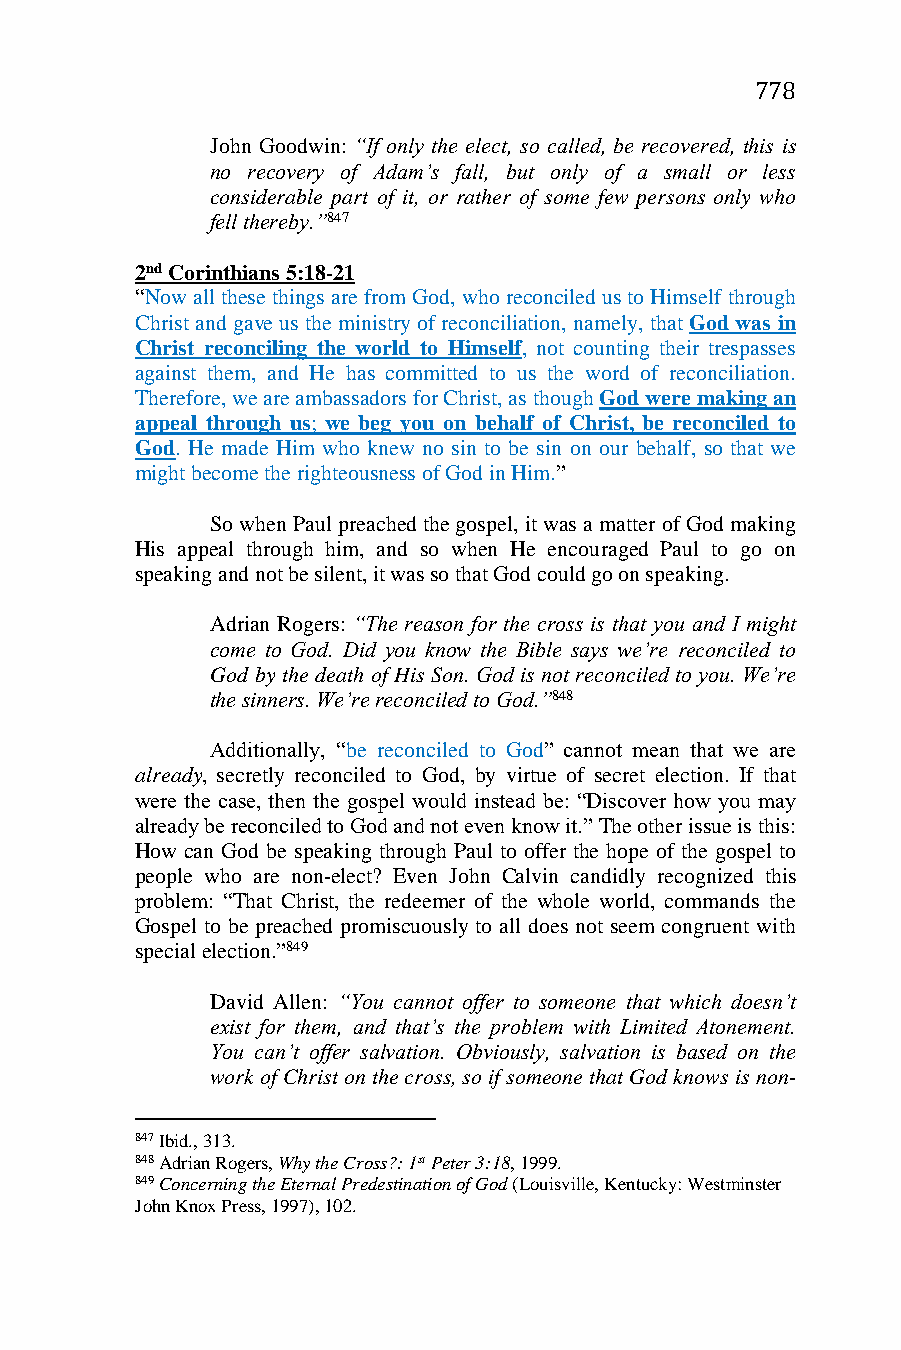
778
 John Goodwin: “If only the elect, so called, be recovered, this is
 no recovery of Adam’s fall, but only of a small or less
 considerable part of it, or rather of some few persons only who
 fell thereby.”847
 2nd Corinthians 5:18-21
 “Now all these things are from God, who reconciled us to Himself through
 Christ and gave us the ministry of reconciliation, namely, that God was in
 Christ reconciling the world to Himself, not counting their trespasses
 against them, and He has committed to us the word of reconciliation.
 Therefore, we are ambassadors for Christ, as though God were making an
 appeal through us; we beg you on behalf of Christ, be reconciled to
 God. He made Him who knew no sin to be sin on our behalf, so that we
 might become the righteousness of God in Him.”
 So when Paul preached the gospel, it was a matter of God making
 His appeal through him, and so when He encouraged Paul to go on
 speaking and not be silent, it was so that God could go on speaking.
 Adrian Rogers: “The reason for the cross is that you and I might
 come to God. Did you know the Bible says we’re reconciled to
 God by the death of His Son. God is not reconciled to you. We’re
 the sinners. We’re reconciled to God.”848
 Additionally, “be reconciled to God” cannot mean that we are
 already, secretly reconciled to God, by virtue of secret election. If that
 were the case, then the gospel would instead be: “Discover how you may
 already be reconciled to God and not even know it.” The other issue is this:
 How can God be speaking through Paul to offer the hope of the gospel to
 people who are non-elect? Even John Calvin candidly recognized this
 problem: “That Christ, the redeemer of the whole world, commands the
 Gospel to be preached promiscuously to all does not seem congruent with
 special election.”849
 David Allen: “You cannot offer to someone that which doesn’t
 exist for them, and that’s the problem with Limited Atonement.
 You can’t offer salvation. Obviously, salvation is based on the
 work of Christ on the cross, so if someone that God knows is non-
 847 Ibid., 313.
 848 Adrian Rogers, Why the Cross?: 1st Peter 3:18, 1999.
 849 Concerning the Eternal Predestination of God (Louisville, Kentucky: Westminster
 John Knox Press, 1997), 102.